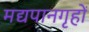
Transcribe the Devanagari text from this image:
मद्यपानगृहों